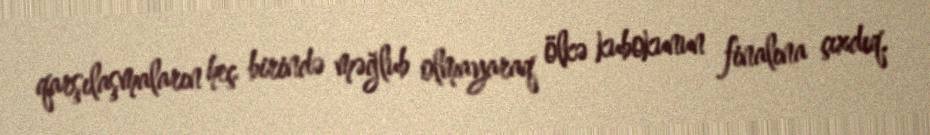
qarşılaşmaların heç birində məğlub olmayaraq ölkə kubokunun finalına çıxdıq.